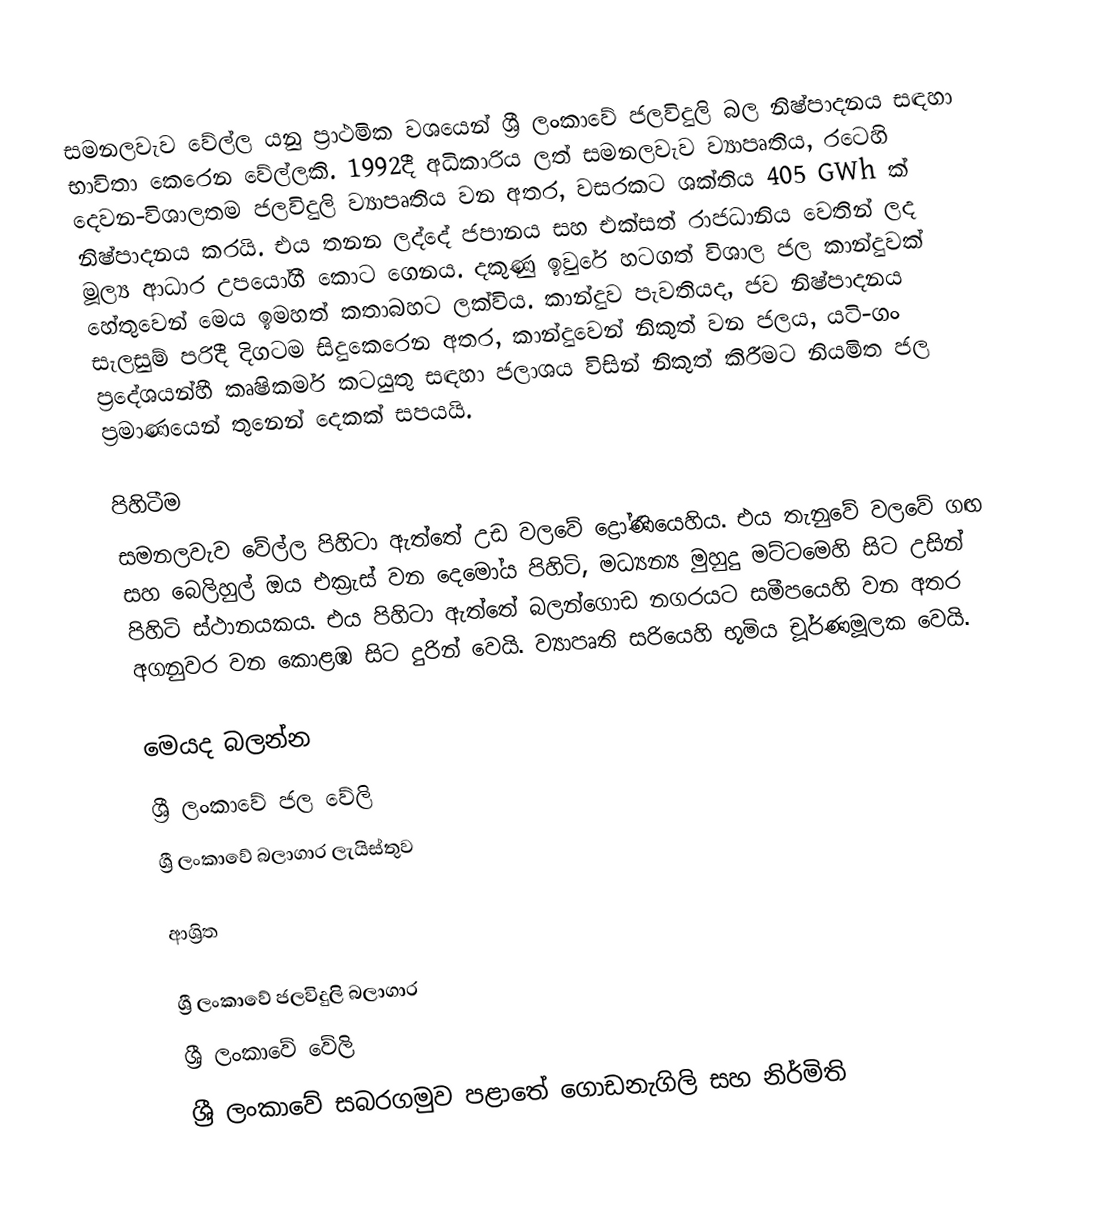
සමනලවැව වේල්ල යනු ප්‍රාථමික වශයෙන් ශ්‍රී ලංකාවේ ජලවිදුලි බල නිෂ්පාදනය සඳහා භාවිතා කෙරෙන වේල්ලකි. 1992දී අධිකාරිය ලත් සමනලවැව ව්‍යාපෘතිය, රටෙහි දෙවන-විශාලතම ජලවිදුලි ව්‍යාපෘතිය වන අතර, වසරකට ශක්තිය 405 GWh ක් නිෂ්පාදනය කරයි. එය තනන ලද්දේ  ජපානය සහ එක්සත් රාජධානිය වෙතින් ලද මූල්‍ය ආධාර උපයෝගී කොට ගෙනය. දකුණු ඉවුරේ හටගත් විශාල ජල කාන්දුවක් හේතුවෙන් මෙය ඉමහත් කතාබහට ලක්විය. කාන්දුව පැවතියද, ජව නිෂ්පාදනය සැලසුම් පරිදී දිගටම සිදුකෙරෙන අතර, කාන්දුවෙන් නිකුත් වන ජලය, යටි-ගං ප්‍රදේශයන්හී කෘෂිකර්ම කටයුතු සඳහා ජලාශය විසින් නිකුත් කිරීමට නියමිත ජල ප්‍රමාණයෙන් තුනෙන් දෙකක් සපයයි.

පිහිටීම
සමනලවැව වේල්ල පිහිටා ඇත්තේ  උඩ වලවේ  ද්‍රෝණියෙහිය. එය තැනුවේ  වලවේ ගඟ සහ බෙලිහුල් ඔය එක්‍රැස් වන දෙමෝය පිහිටි, මධ්‍යන්‍ය මුහුදු මට්ටමෙහි සිට  උසින් පිහිටි ස්ථානයකය. එය පිහිටා ඇත්තේ බලන්ගොඩ නගරයට සමීපයෙහි වන අතර  අගනුවර වන කොළඹ සිට  දුරින් වෙයි. ව්‍යාපෘති සරියෙහි භූමිය චූර්ණමූලක වෙයි.

මෙයද බලන්න
 ශ්‍රී ලංකාවේ ජල වේලි
 ශ්‍රී ලංකාවේ බලාගාර ලැයිස්තුව

ආශ්‍රිත

ශ්‍රී ලංකාවේ ජලවිදුලි බලාගාර
ශ්‍රී ලංකාවේ වේලි
ශ්‍රී ලංකාවේ සබරගමුව පළාතේ ගොඩනැගිලි සහ නිර්මිති